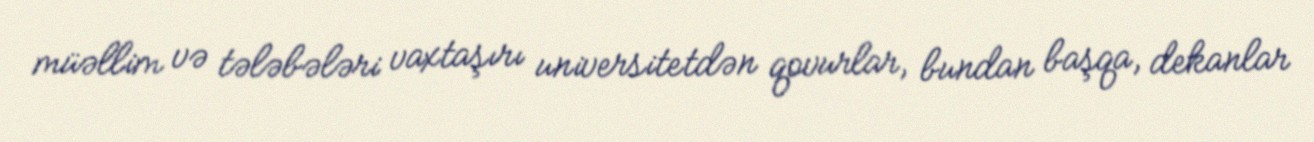
müəllim və tələbələri vaxtaşırı universitetdən qovurlar, bundan başqa, dekanlar